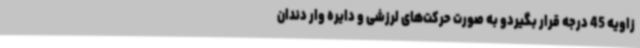
زاویه 45 درجه قرار بگیردو به صورت حرکت‌های لرزشی و دایره وار دندان